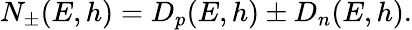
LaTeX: N_{\pm}(E,h)=D_{p}(E,h)\pm D_{n}(E,h).